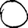
Digit: 0